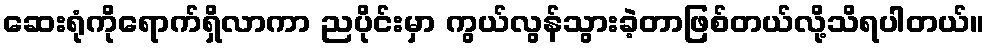
ဆေးရုံကိုရောက်ရှိလာကာ ညပိုင်းမှာ ကွယ်လွန်သွားခဲ့တာဖြစ်တယ်လို့သိရပါတယ်။